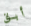
أبق